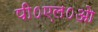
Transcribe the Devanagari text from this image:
पी०एल०ओ